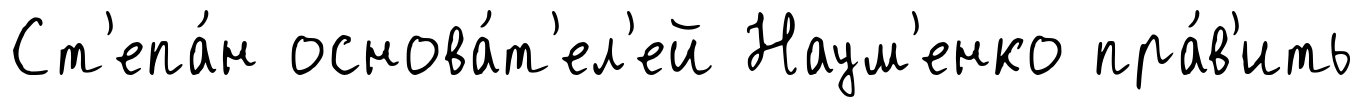
Ст'епа́н основа́т'ел'ей Наум'енко пра́в'ить